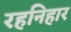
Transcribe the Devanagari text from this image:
रहनिहार